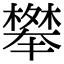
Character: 𭬑